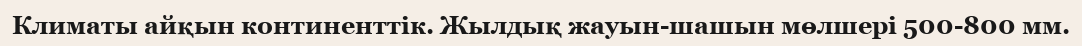
Климаты айқын континенттік. Жылдық жауын-шашын мөлшері 500-800 мм.